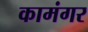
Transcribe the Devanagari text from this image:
कामंगर